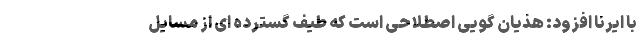
با ایرنا افزود: هذیان گویی اصطلاحی است که طیف گسترده ای از مسایل